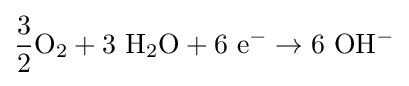
\mathrm {{\frac {3}{2}}O_{2}+3\ H_{2}O+6\ e^{-}\to 6\ OH^{-}}